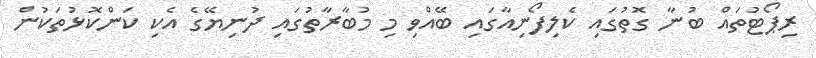
ރިޕޯޓުތައް ބުނާ ގޮތުގައި ކެލިފޯނިއާގައި ބޭއްވި މި މުބާރާތުގައި ދުނިޔޭގެ އެކި ކަންކޮޅުތަކުން